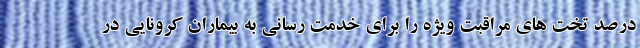
درصد تخت های مراقبت ویژه را برای خدمت رسانی به بیماران کرونایی در